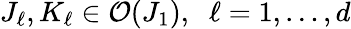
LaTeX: J_{\ell},K_{\ell}\in\mathcal{O}(J_{1}),\; \; \ell=1,\dots,d